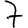
Digit: 7